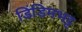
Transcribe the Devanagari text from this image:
डिंडिमभट्ट